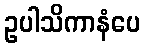
ဥပါသိကာနံပေ